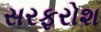
સરફરોશ